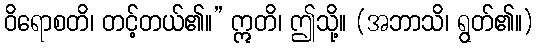
ဝိရောစတိ၊ တင့်တယ်၏။” ဣတိ၊ ဤသို့။ (အဘာသိ၊ ရွတ်၏။)